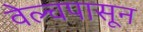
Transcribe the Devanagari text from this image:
वेल्चपासून